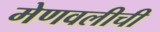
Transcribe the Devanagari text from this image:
मेणवलीची